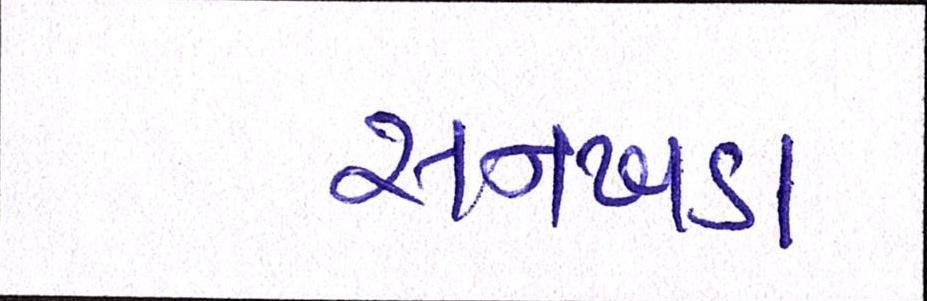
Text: સનખડા